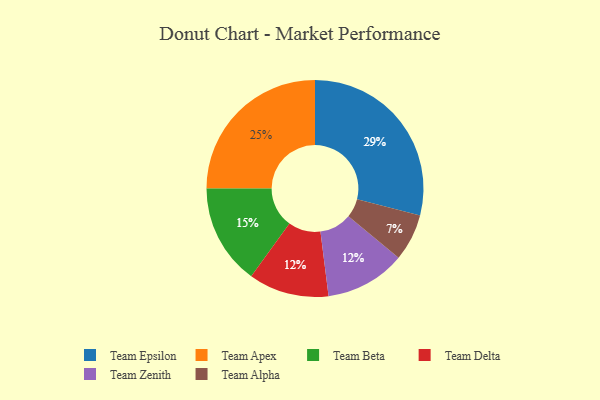
{"axis": {"x": "Category", "y": "Percentage"}, "legend": ["Team Alpha", "Team Apex", "Team Beta", "Team Delta", "Team Epsilon", "Team Zenith"], "data": [{"x": "Team Delta", "y": 12, "type": "Team Delta"}, {"x": "Team Zenith", "y": 12, "type": "Team Zenith"}, {"x": "Team Alpha", "y": 7, "type": "Team Alpha"}, {"x": "Team Beta", "y": 15, "type": "Team Beta"}, {"x": "Team Epsilon", "y": 29, "type": "Team Epsilon"}, {"x": "Team Apex", "y": 25, "type": "Team Apex"}]}